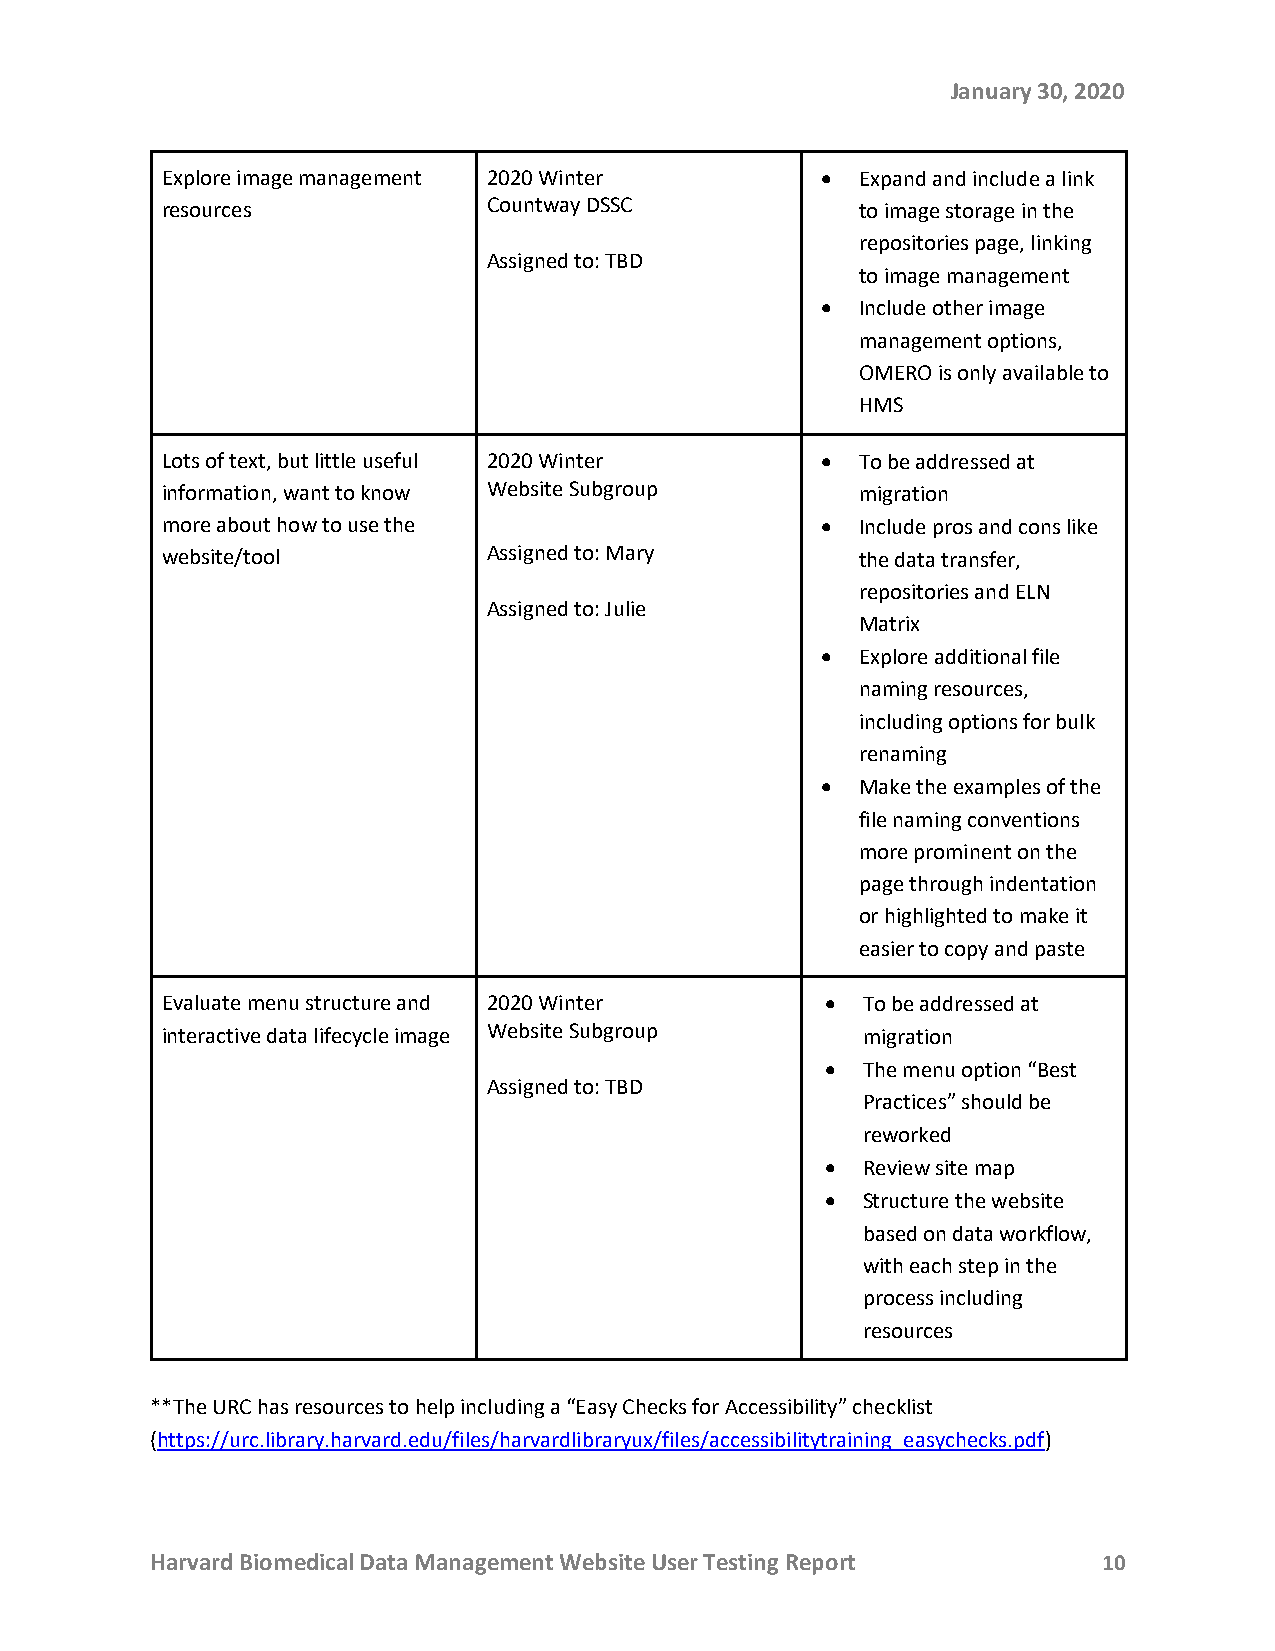
January 30, 2020
 Explore image management 2020 Winter       •  Expand and include a link
 resources            Countway DSSC            to image storage in the
 repositories page, linking
 Assigned to: TBD
 to image management
 •  Include other image
 management options,
 OMERO is only available to
 HMS
 Lots of text, but little useful 2020 Winter • To be addressed at
 information, want to know Website Subgroup    migration
 more about how to use the                  •  Include pros and cons like
 website/tool         Assigned to: Mary        the data transfer,
 repositories and ELN
 Assigned to: Julie
 Matrix
 •  Explore additional file
 naming resources,
 including options for bulk
 renaming
 •  Make the examples of the
 file naming conventions
 more prominent on the
 page through indentation
 or highlighted to make it
 easier to copy and paste
 Evaluate menu structure and 2020 Winter     • To be addressed at
 interactive data lifecycle image Website Subgroup migration
 • The menu option “Best
 Assigned to: TBD
 Practices” should be
 reworked
 • Review site map
 • Structure the website
 based on data workflow,
 with each step in the
 process including
 resources
 **The URC has resources to help including a “Easy Checks for Accessibility” checklist
 (https://urc.library.harvard.edu/files/harvardlibraryux/files/accessibilitytraining_easychecks.pdf)
 Harvard Biomedical Data Management Website User Testing Report 10